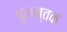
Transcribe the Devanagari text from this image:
पुरान्तकं